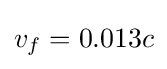
v_{f}=0.013c